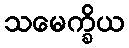
သမေက္ခိယ